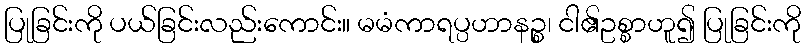
ပြုခြင်းကို ပယ်ခြင်းလည်းကောင်း။ မမံကာရပ္ပဟာနဉ္စ၊ ငါ၏ဥစ္စာဟူ၍ ပြုခြင်းကို